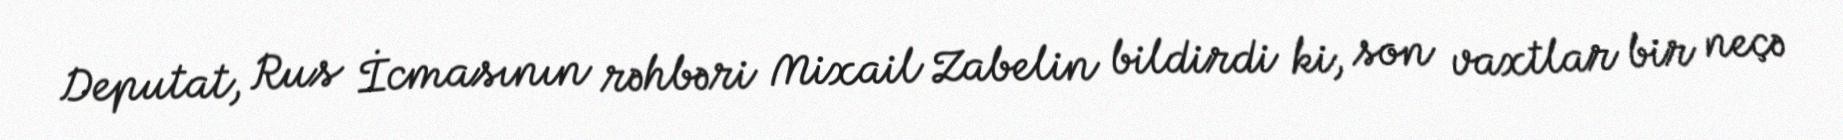
Deputat, Rus İcmasının rəhbəri Mixail Zabelin bildirdi ki, son vaxtlar bir neçə